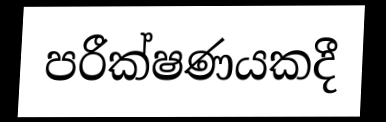
පරීක්ෂණයකදී